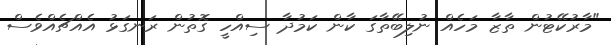
"މާރުކޭޓުން ތާޒާ މަހެއް ނުލިބޭތާގަ ކާން ކަމުދާ ސިއްހީ ގޮތުން ރަނގަޅު އެއްޗެއްވެސް